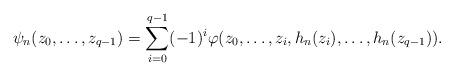
LaTeX: \begin{align*} \psi_n(z_0,\ldots,z_{q-1})=\sum_{i=0}^{q-1}(-1)^i\varphi(z_0,\ldots,z_i,h_n(z_i),\ldots,h_n(z_{q-1})).\end{align*}